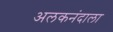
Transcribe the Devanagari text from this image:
अलकनंदाला